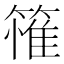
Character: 𮆄